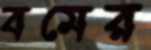
বমের